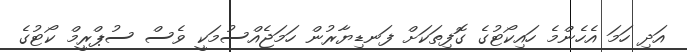
އަދި ހަމަ އެހެންމެ ހައިކޯޓުގެ ގޮފިތަކަށް ފަނޑިޔާރުން ހަމަޖެއްސުމަކީ ވެސް ސުޕްރީމް ކޯޓުގެ